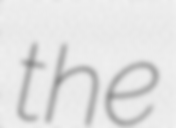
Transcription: the